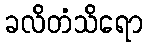
ခလိတံသိရော